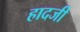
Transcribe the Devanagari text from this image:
हादजी